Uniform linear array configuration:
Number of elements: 48
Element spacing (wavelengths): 0.25
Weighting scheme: cosine
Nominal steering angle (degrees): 30
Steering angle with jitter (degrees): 29.397
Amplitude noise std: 0.05
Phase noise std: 0.05

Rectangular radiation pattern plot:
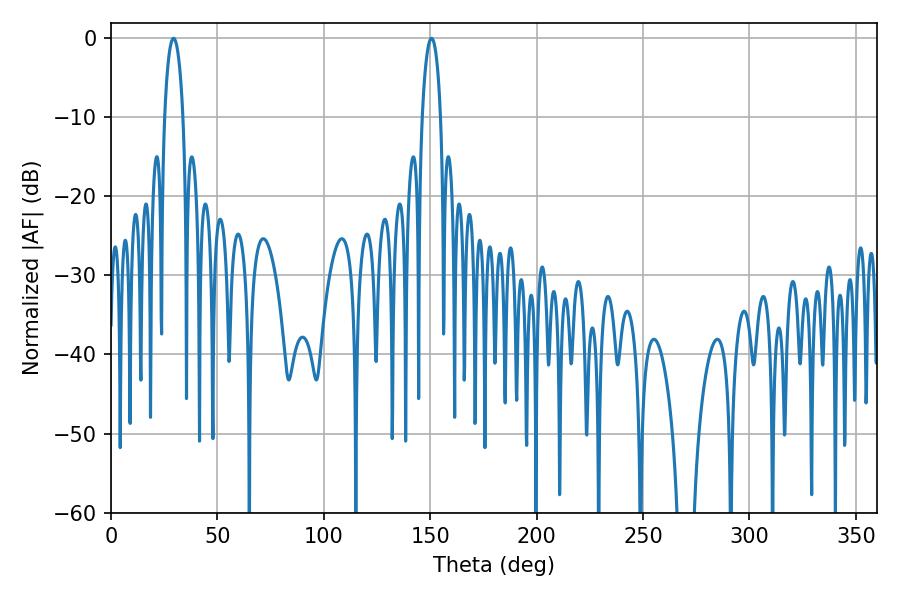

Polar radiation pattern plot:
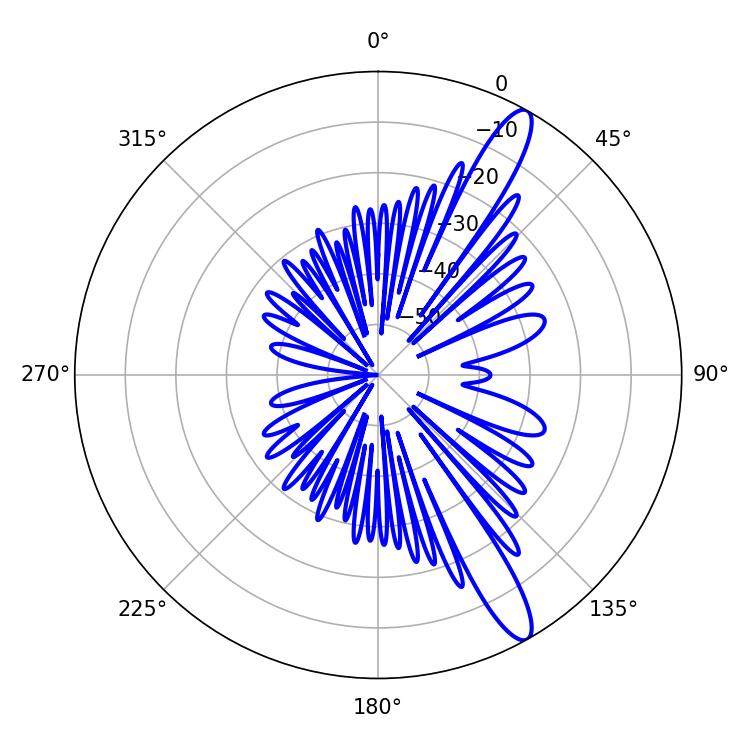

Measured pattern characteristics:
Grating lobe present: FALSE
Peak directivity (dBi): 13.24
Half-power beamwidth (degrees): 4.86
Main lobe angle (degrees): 29.34